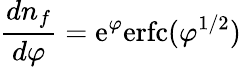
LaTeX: {\frac{dn_{f}}{d\varphi}}=\mathrm{e}^{\varphi}\mathrm{erfc}(\varphi^{1/2})